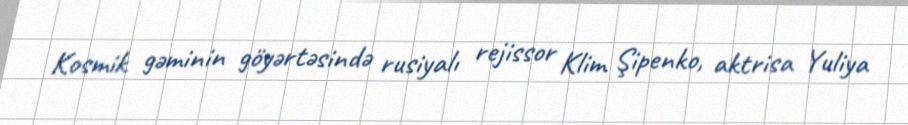
Kosmik gəminin göyərtəsində rusiyalı rejissor Klim Şipenko, aktrisa Yuliya